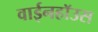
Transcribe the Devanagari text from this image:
वाईनहॉउस